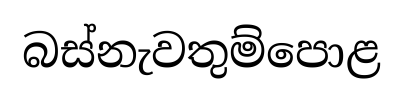
බස්නැවතුම්පොළ